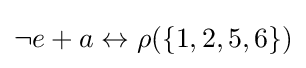
{\textstyle \neg e+a\leftrightarrow \rho (\{1,2,5,6\})}